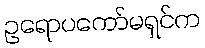
ဥရောပကော်မရှင်က